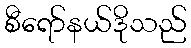
စီရော်နယ်ဒိုသည်